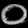
Digit: ၀